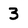
Character: 3